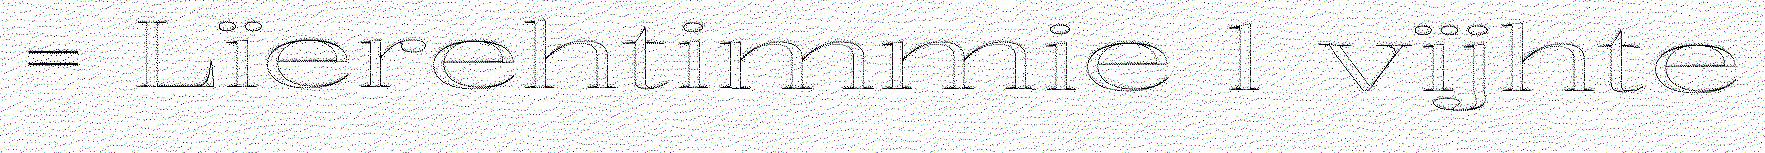
= Lïerehtimmie 1 vïjhte